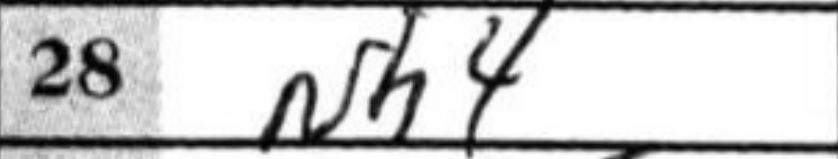
Transcription: Nh4